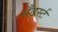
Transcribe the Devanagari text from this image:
सँढर्स्ट